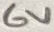
Text: 6V